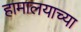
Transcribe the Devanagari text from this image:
हामालयाच्या